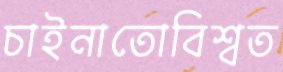
চাইনাতোবিশ্বত